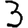
Digit: 3